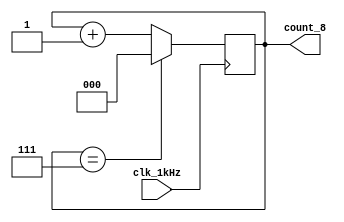
/**
 * Counter_8
 * 8(1kHz)
 */
module Counter_8(
	input clk_1kHz,			// 
	output reg [2:0] count_8		// 
);

initial count_8 <= 0;

always @(posedge clk_1kHz)begin
	if(count_8 == 3'd7)
		count_8 <= 3'd0;
	else
		count_8 <= count_8 + 1;
end

endmodule